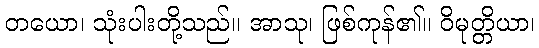
တယော၊ သုံးပါးတို့သည်။ အာသု၊ ဖြစ်ကုန်၏။ ဝိမုတ္တိယာ၊